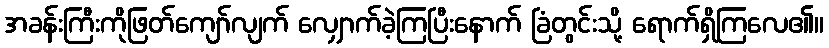
အခန်းကြီးကိုဖြတ်ကျော်လျက် လျှောက်ခဲ့ကြပြီးနောက် ခြံတွင်းသို့ ရောက်ရှိကြလေ၏။